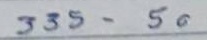
335 - 50